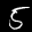
Label: 5